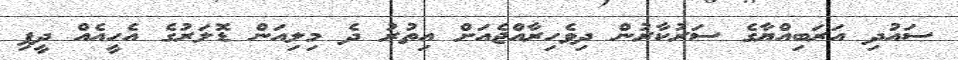
ސައުދި އަރަބިއްޔާގެ ސަރުކާރުން ދިވެހިރާއްޖެއަށް އިތުރު ދެ މިލިއަން ޑޮލަރުގެ އެހީއެއް ދީފި